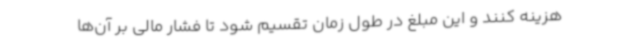
هزینه کنند و این مبلغ در طول زمان تقسیم شود تا فشار مالی بر آن‌ها